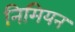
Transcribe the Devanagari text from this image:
निमियन